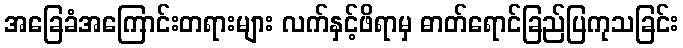
အခြေခံအကြောင်းတရားများ လက်နှင့်ဖိရာမှ ဓာတ်ရောင်ခြည်ပြကုသခြင်း